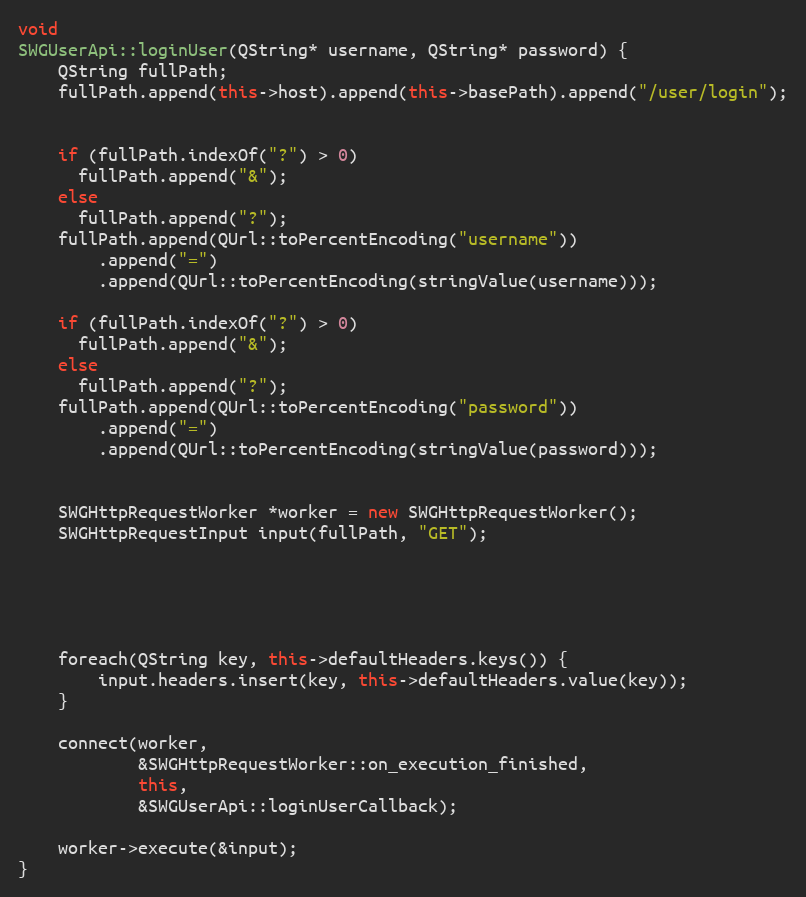
Language: C++
void
SWGUserApi::loginUser(QString* username, QString* password) {
    QString fullPath;
    fullPath.append(this->host).append(this->basePath).append("/user/login");

    if (fullPath.indexOf("?") > 0)
      fullPath.append("&");
    else
      fullPath.append("?");
    fullPath.append(QUrl::toPercentEncoding("username"))
        .append("=")
        .append(QUrl::toPercentEncoding(stringValue(username)));

    if (fullPath.indexOf("?") > 0)
      fullPath.append("&");
    else
      fullPath.append("?");
    fullPath.append(QUrl::toPercentEncoding("password"))
        .append("=")
        .append(QUrl::toPercentEncoding(stringValue(password)));

    SWGHttpRequestWorker *worker = new SWGHttpRequestWorker();
    SWGHttpRequestInput input(fullPath, "GET");

    foreach(QString key, this->defaultHeaders.keys()) {
        input.headers.insert(key, this->defaultHeaders.value(key));
    }

    connect(worker,
            &SWGHttpRequestWorker::on_execution_finished,
            this,
            &SWGUserApi::loginUserCallback);

    worker->execute(&input);
}